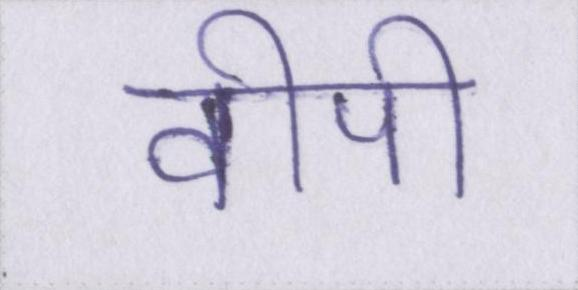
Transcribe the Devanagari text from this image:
वीपी